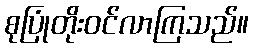
စုပြုံတိုးဝင်လာကြသည်။